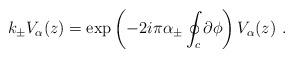
LaTeX: \begin{align*}k_\pm V_\alpha(z) =\exp\left(-2i\pi\alpha_\pm \oint_c \partial\phi \right)V_\alpha(z)~.\end{align*}